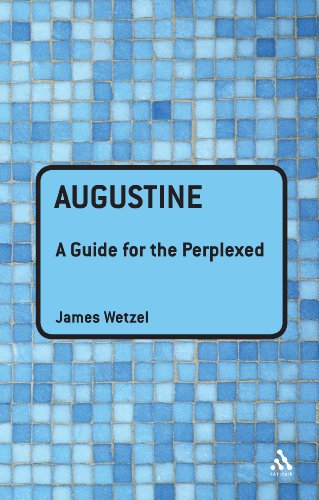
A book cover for Augustine: A Guide for the Perplexed (Guides for the Perplexed); James Wetzel; Politics & Social Sciences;